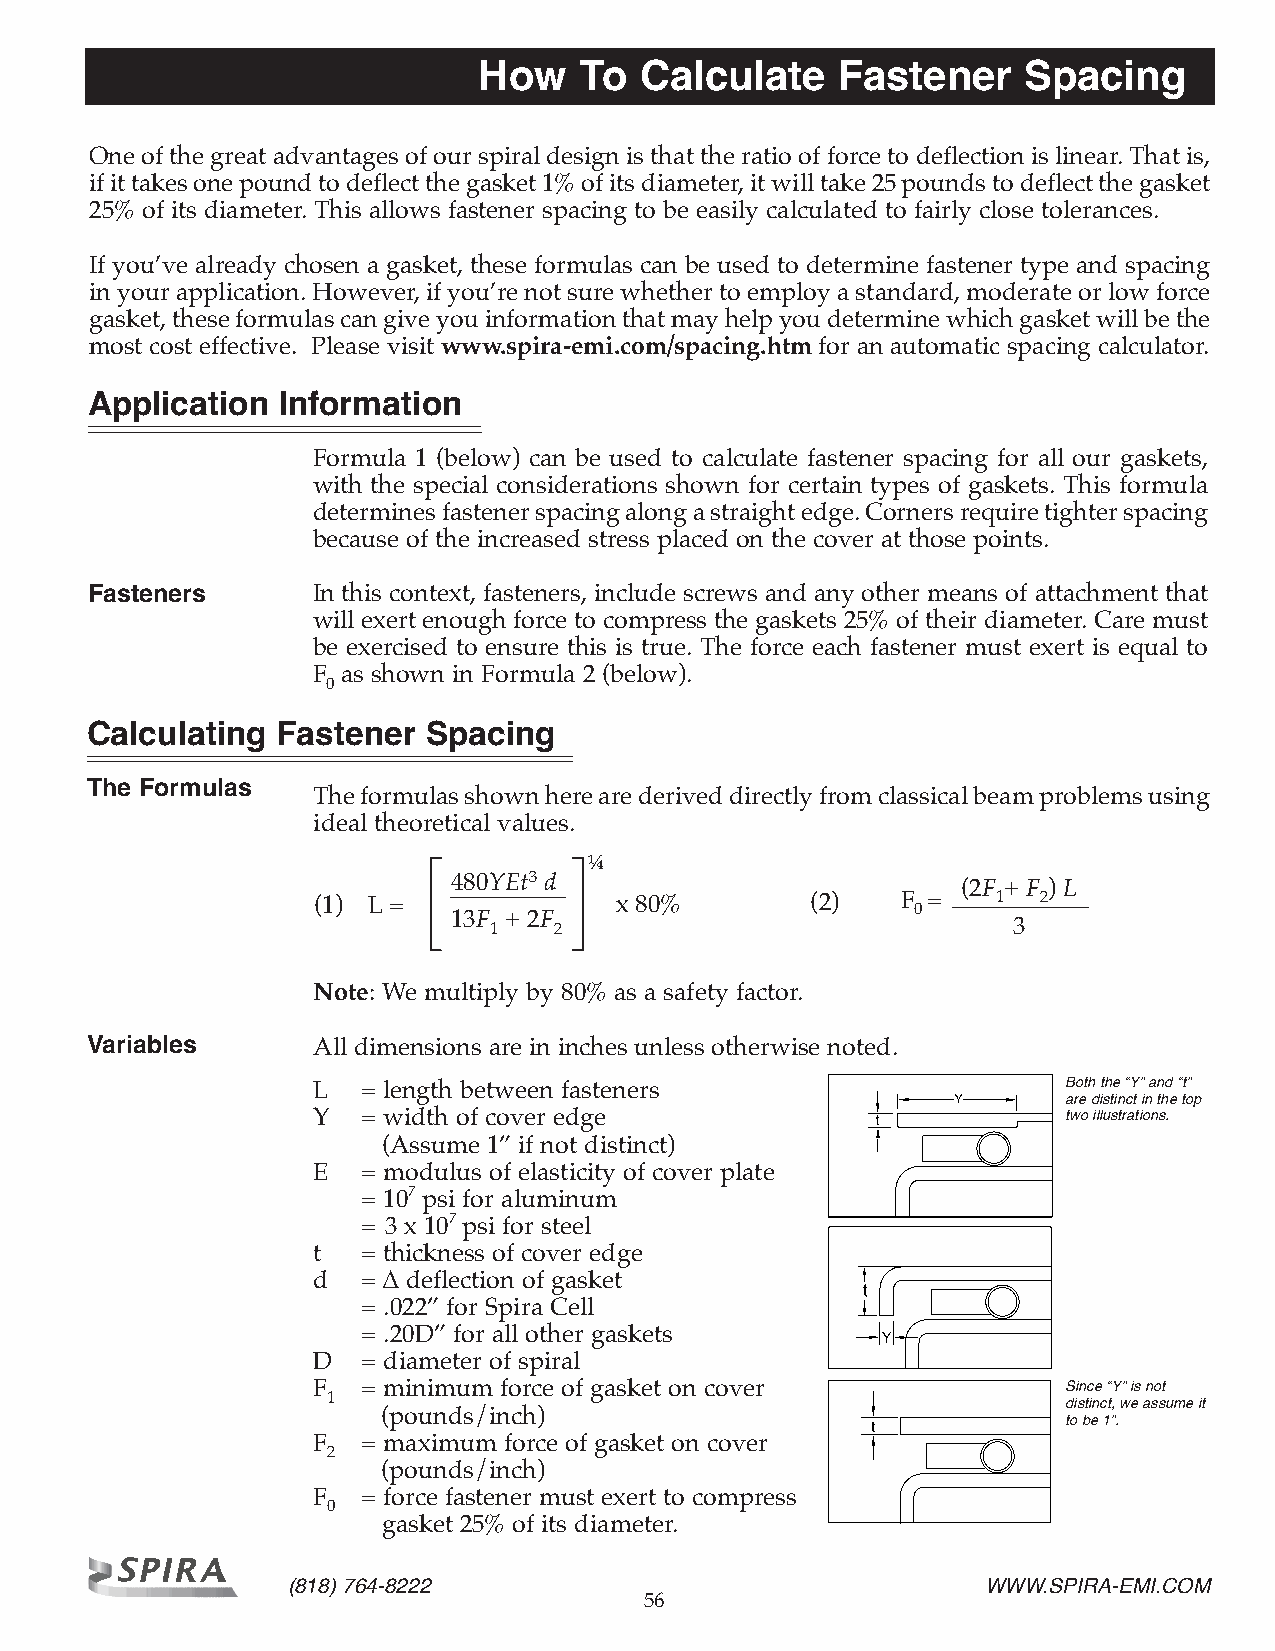
How   To  Calculate    Fastener     Spacing
 One of the great advantages of our spiral design is that the ratio of force to deflection is linear. That is,
 if it takes one pound to deflect the gasket 1% of its diameter, it will take 25 pounds to deflect the gasket
 25% of its diameter. This allows fastener spacing to be easily calculated to fairly close tolerances.
 If you’ve already chosen a gasket, these formulas can be used to determine fastener type and spacing
 in your application. However, if you’re not sure whether to employ a standard, moderate or low force
 gasket, these formulas can give you information that may help you determine which gasket will be the
 most cost effective. Please visit www.spira-emi.com/spacing.htm for an automatic spacing calculator.
 Application Information
 Formula 1 (below) can be used to calculate fastener spacing for all our gaskets,
 with the special considerations shown for certain types of gaskets. This formula
 determines fastener spacing along a straight edge. Corners require tighter spacing
 because of the increased stress placed on the cover at those points.
 Fasteners      In this context, fasteners, include screws and any other means of attachment that
 will exert enough force to compress the gaskets 25% of their diameter. Care must
 be exercised to ensure this is true. The force each fastener must exert is equal to
 F as shown in Formula 2 (below).
 0
 Calculating Fastener  Spacing
 The Formulas
 The formulas shown here are derived directly from classical beam problems using
 ideal theoretical values.
 ¼
 [         ]
 480YEt3 d                         (2F + F ) L
 (1) L =             x 80%        (2)   F 0 = 1  2
 13F 1 + 2F 2                         3
 Note: We multiply by 80% as a safety factor.
 Variables      All dimensions are in inches unless otherwise noted.
 L  = length between fasteners                     Both the “Y” and “t”
 are distinct in the top
 Y  = width of cover edge                          two illustrations.
 (Assume 1” if not distinct)
 E  = modulus of elasticity of cover plate
 = 107 psi for aluminum
 = 3 x 107 psi for steel
 t  = thickness of cover edge
 d  = ∆ deflection of gasket
 = .022” for Spira Cell
 = .20D” for all other gaskets
 D  = diameter of spiral
 F  = minimum force of gasket on cover             Since “Y” is not
 1
 distinct, we assume it
 (pounds/inch)
 to be 1”.
 F  = maximum force of gasket on cover
 2
 (pounds/inch)
 F  = force fastener must exert to compress
 0
 gasket 25% of its diameter.
 (818) 764-8222                                WWW.SPIRA-EMI.COM
 56